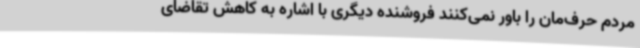
مردم حرف‌مان را باور نمی‌کنند فروشنده دیگری با اشاره به کاهش تقاضای